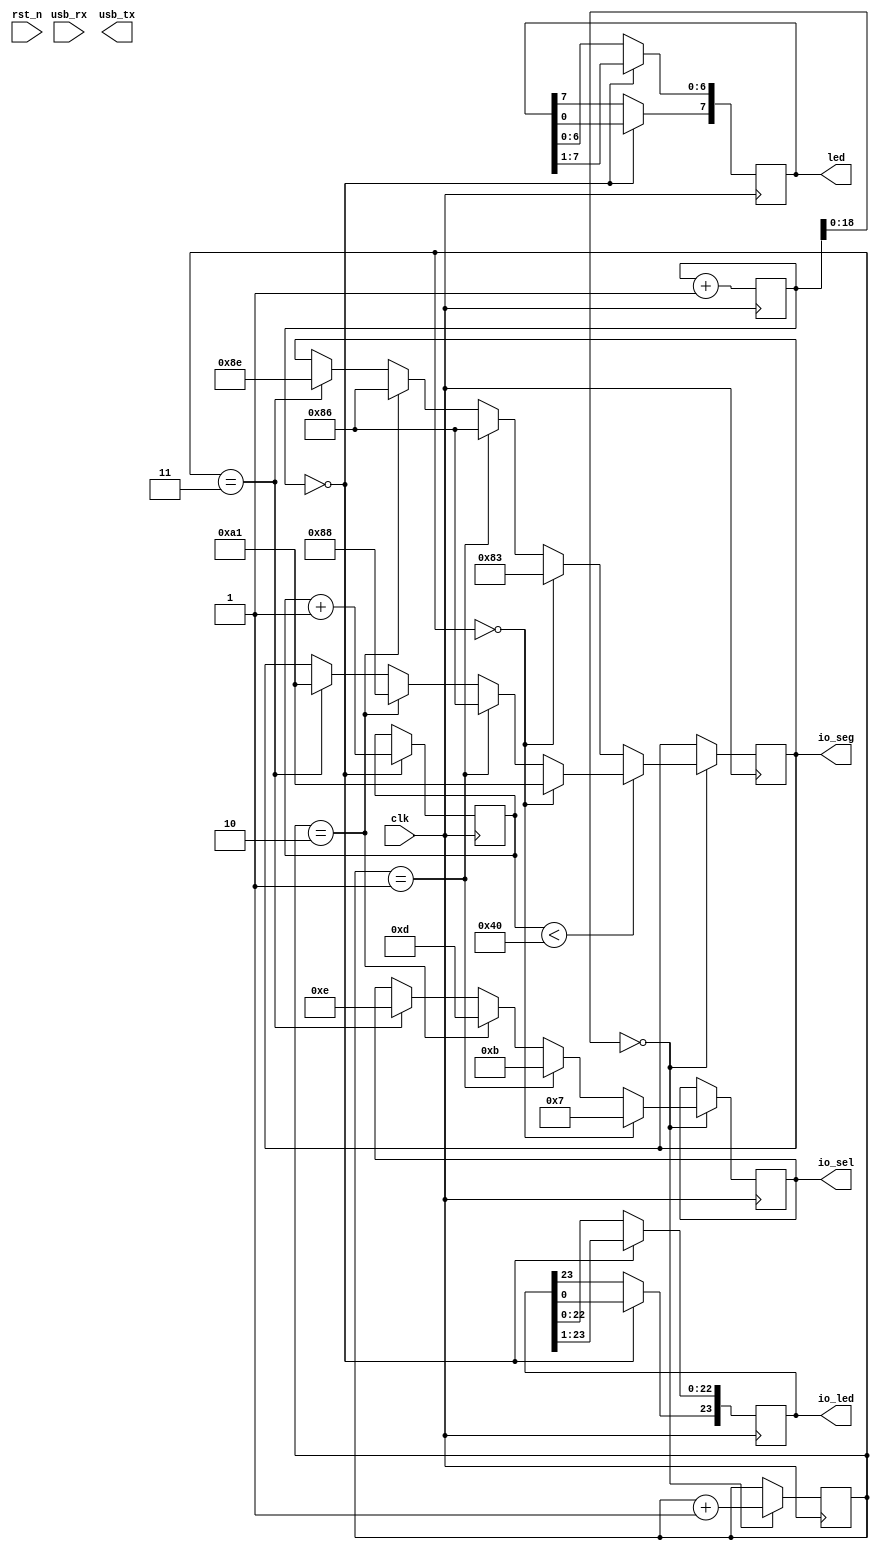
module cu_top (
    input clk,
    input rst_n,
    output reg [7:0] led,
    output reg [3:0] io_sel,
    output reg [7:0] io_seg,
    output reg [23:0] io_led,
    input usb_rx,
    output reg usb_tx
  );

  parameter DIRECTION = 1;
  parameter MSB = 5'h14;
  reg [MSB:0] counter = 0;
  reg [6:0] counter2 = 0;

  reg [1:0] state = 0;

  reg [7:0] data = 8'hfc;
  reg [23:0] data2 = 24'hff_ff_fc;
  assign led = data;
  assign io_led = data2;

  //
  //                         a
  //                        ---
  //                     f |   | b
  //                        -g-
  //                     e |   | c
  //                        --- .
  //                         d
  //
  //                      .gfedcba
  parameter SEG_0   = ~8'b00111111;  // 0
  parameter SEG_1   = ~8'b00000110;  // 1
  parameter SEG_2   = ~8'b01011011;  // 2
  parameter SEG_3   = ~8'b01001111;  // 3
  parameter SEG_4   = ~8'b01100110;  // 4
  parameter SEG_5   = ~8'b01101101;  // 5
  parameter SEG_6   = ~8'b01111101;  // 6
  parameter SEG_7   = ~8'b00000111;  // 7
  parameter SEG_8   = ~8'b01111111;  // 8
  parameter SEG_9   = ~8'b01100111;  // 9
  parameter SEG_A   = ~8'b01110111;  // A
  parameter SEG_B   = ~8'b01111100;  // b
  parameter SEG_C   = ~8'b00111001;  // C
  parameter SEG_D   = ~8'b01011110;  // d
  parameter SEG_E   = ~8'b01111001;  // E
  parameter SEG_F   = ~8'b01110001;  // F
  parameter SEG_DOT = ~8'b10000000;  // .

  always @* begin
  end

  always @(posedge clk) begin
    counter <= counter + 1;

    if(counter[MSB-2:0] == 0) begin
      // seven segment display
      if(counter2 < 7'h40) begin
        if(state == 2'b00) begin
          io_sel = ~4'b1000;
          io_seg = SEG_D;
        end else if(state == 2'b01) begin
          io_sel = ~4'b0100;
          io_seg = SEG_E;
        end else if(state == 2'b10) begin
          io_sel = ~4'b0010;
          io_seg = SEG_A;
        end else if(state == 2'b11) begin
          io_sel = ~4'b0001;
          io_seg = SEG_D;
        end
      end else begin
        if(state == 2'b00) begin
          io_sel = ~4'b1000;
          io_seg = SEG_B;
        end else if(state == 2'b01) begin
          io_sel = ~4'b0100;
          io_seg = SEG_E;
        end else if(state == 2'b10) begin
          io_sel = ~4'b0010;
          io_seg = SEG_E;
        end else if(state == 2'b11) begin
          io_sel = ~4'b0001;
          io_seg = SEG_F;
        end
      end

      state <= state + 1;
    end

    if(counter == 0) begin
      counter2 <= counter2 + 1;
      if(DIRECTION == 0) begin
        data <= (data << 1);
        data2 <= (data2 << 1);
        data[0] <= data[7];
        data2[0] <= data2[23];
      end else begin
        data <= (data >> 1);
        data2 <= (data2 >> 1);
        data[7] <= data[0];
        data2[23] <= data2[0];
      end
    end
  end

endmodule